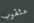
مثقوب